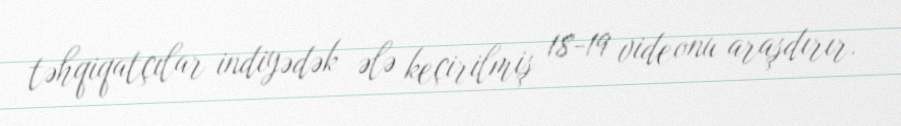
təhqiqatçılar indiyədək ələ keçirilmiş 18-19 videonu araşdırır.